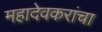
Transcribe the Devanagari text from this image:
महादेवकरांचा